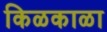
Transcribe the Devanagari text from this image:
किळकाळा